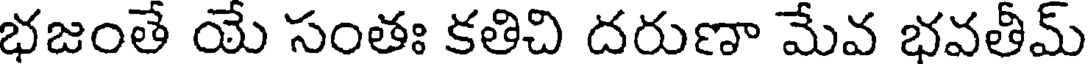
భజంతే యే సంతః కతిచి దరుణా మేవ భవతీమ్